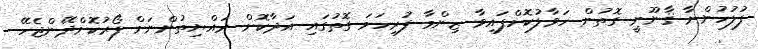
ފުލުހުންނާ ޤާނޫނީ ގޮތުން ހަވާލުކޮށްފައިވާ ޒިންމާ ފުރިހަމަ ގޮތުގައި އަދާކޮށް ރައްޔިތުންނަށް ފޯރުކޮށްދޭންޖެހޭ